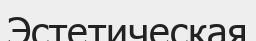
Эстетическая